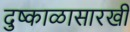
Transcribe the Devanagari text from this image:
दुष्काळासारखी